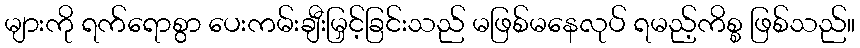
များကို ရက်ရောစွာ ပေးကမ်းချီးမြှင့်ခြင်းသည် မဖြစ်မနေလုပ် ရမည့်ကိစ္စ ဖြစ်သည်။